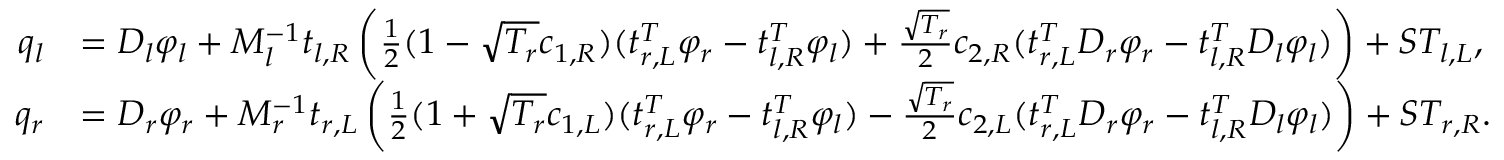
\begin{array} { r l } { q _ { l } } & { = D _ { l } \varphi _ { l } + M _ { l } ^ { - 1 } t _ { l , R } \left( \frac { 1 } { 2 } ( 1 - \sqrt { T _ { r } } c _ { 1 , R } ) ( t _ { r , L } ^ { T } \varphi _ { r } - t _ { l , R } ^ { T } \varphi _ { l } ) + \frac { \sqrt { T _ { r } } } { 2 } c _ { 2 , R } ( t _ { r , L } ^ { T } D _ { r } \varphi _ { r } - t _ { l , R } ^ { T } D _ { l } \varphi _ { l } ) \right) + S T _ { l , L } , } \\ { q _ { r } } & { = D _ { r } \varphi _ { r } + M _ { r } ^ { - 1 } t _ { r , L } \left( \frac { 1 } { 2 } ( 1 + \sqrt { T _ { r } } c _ { 1 , L } ) ( t _ { r , L } ^ { T } \varphi _ { r } - t _ { l , R } ^ { T } \varphi _ { l } ) - \frac { \sqrt { T _ { r } } } { 2 } c _ { 2 , L } ( t _ { r , L } ^ { T } D _ { r } \varphi _ { r } - t _ { l , R } ^ { T } D _ { l } \varphi _ { l } ) \right) + S T _ { r , R } . } \end{array}